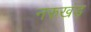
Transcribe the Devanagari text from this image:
नरुखंड़